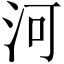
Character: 河